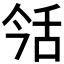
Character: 𦧎